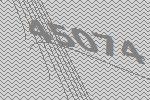
45074